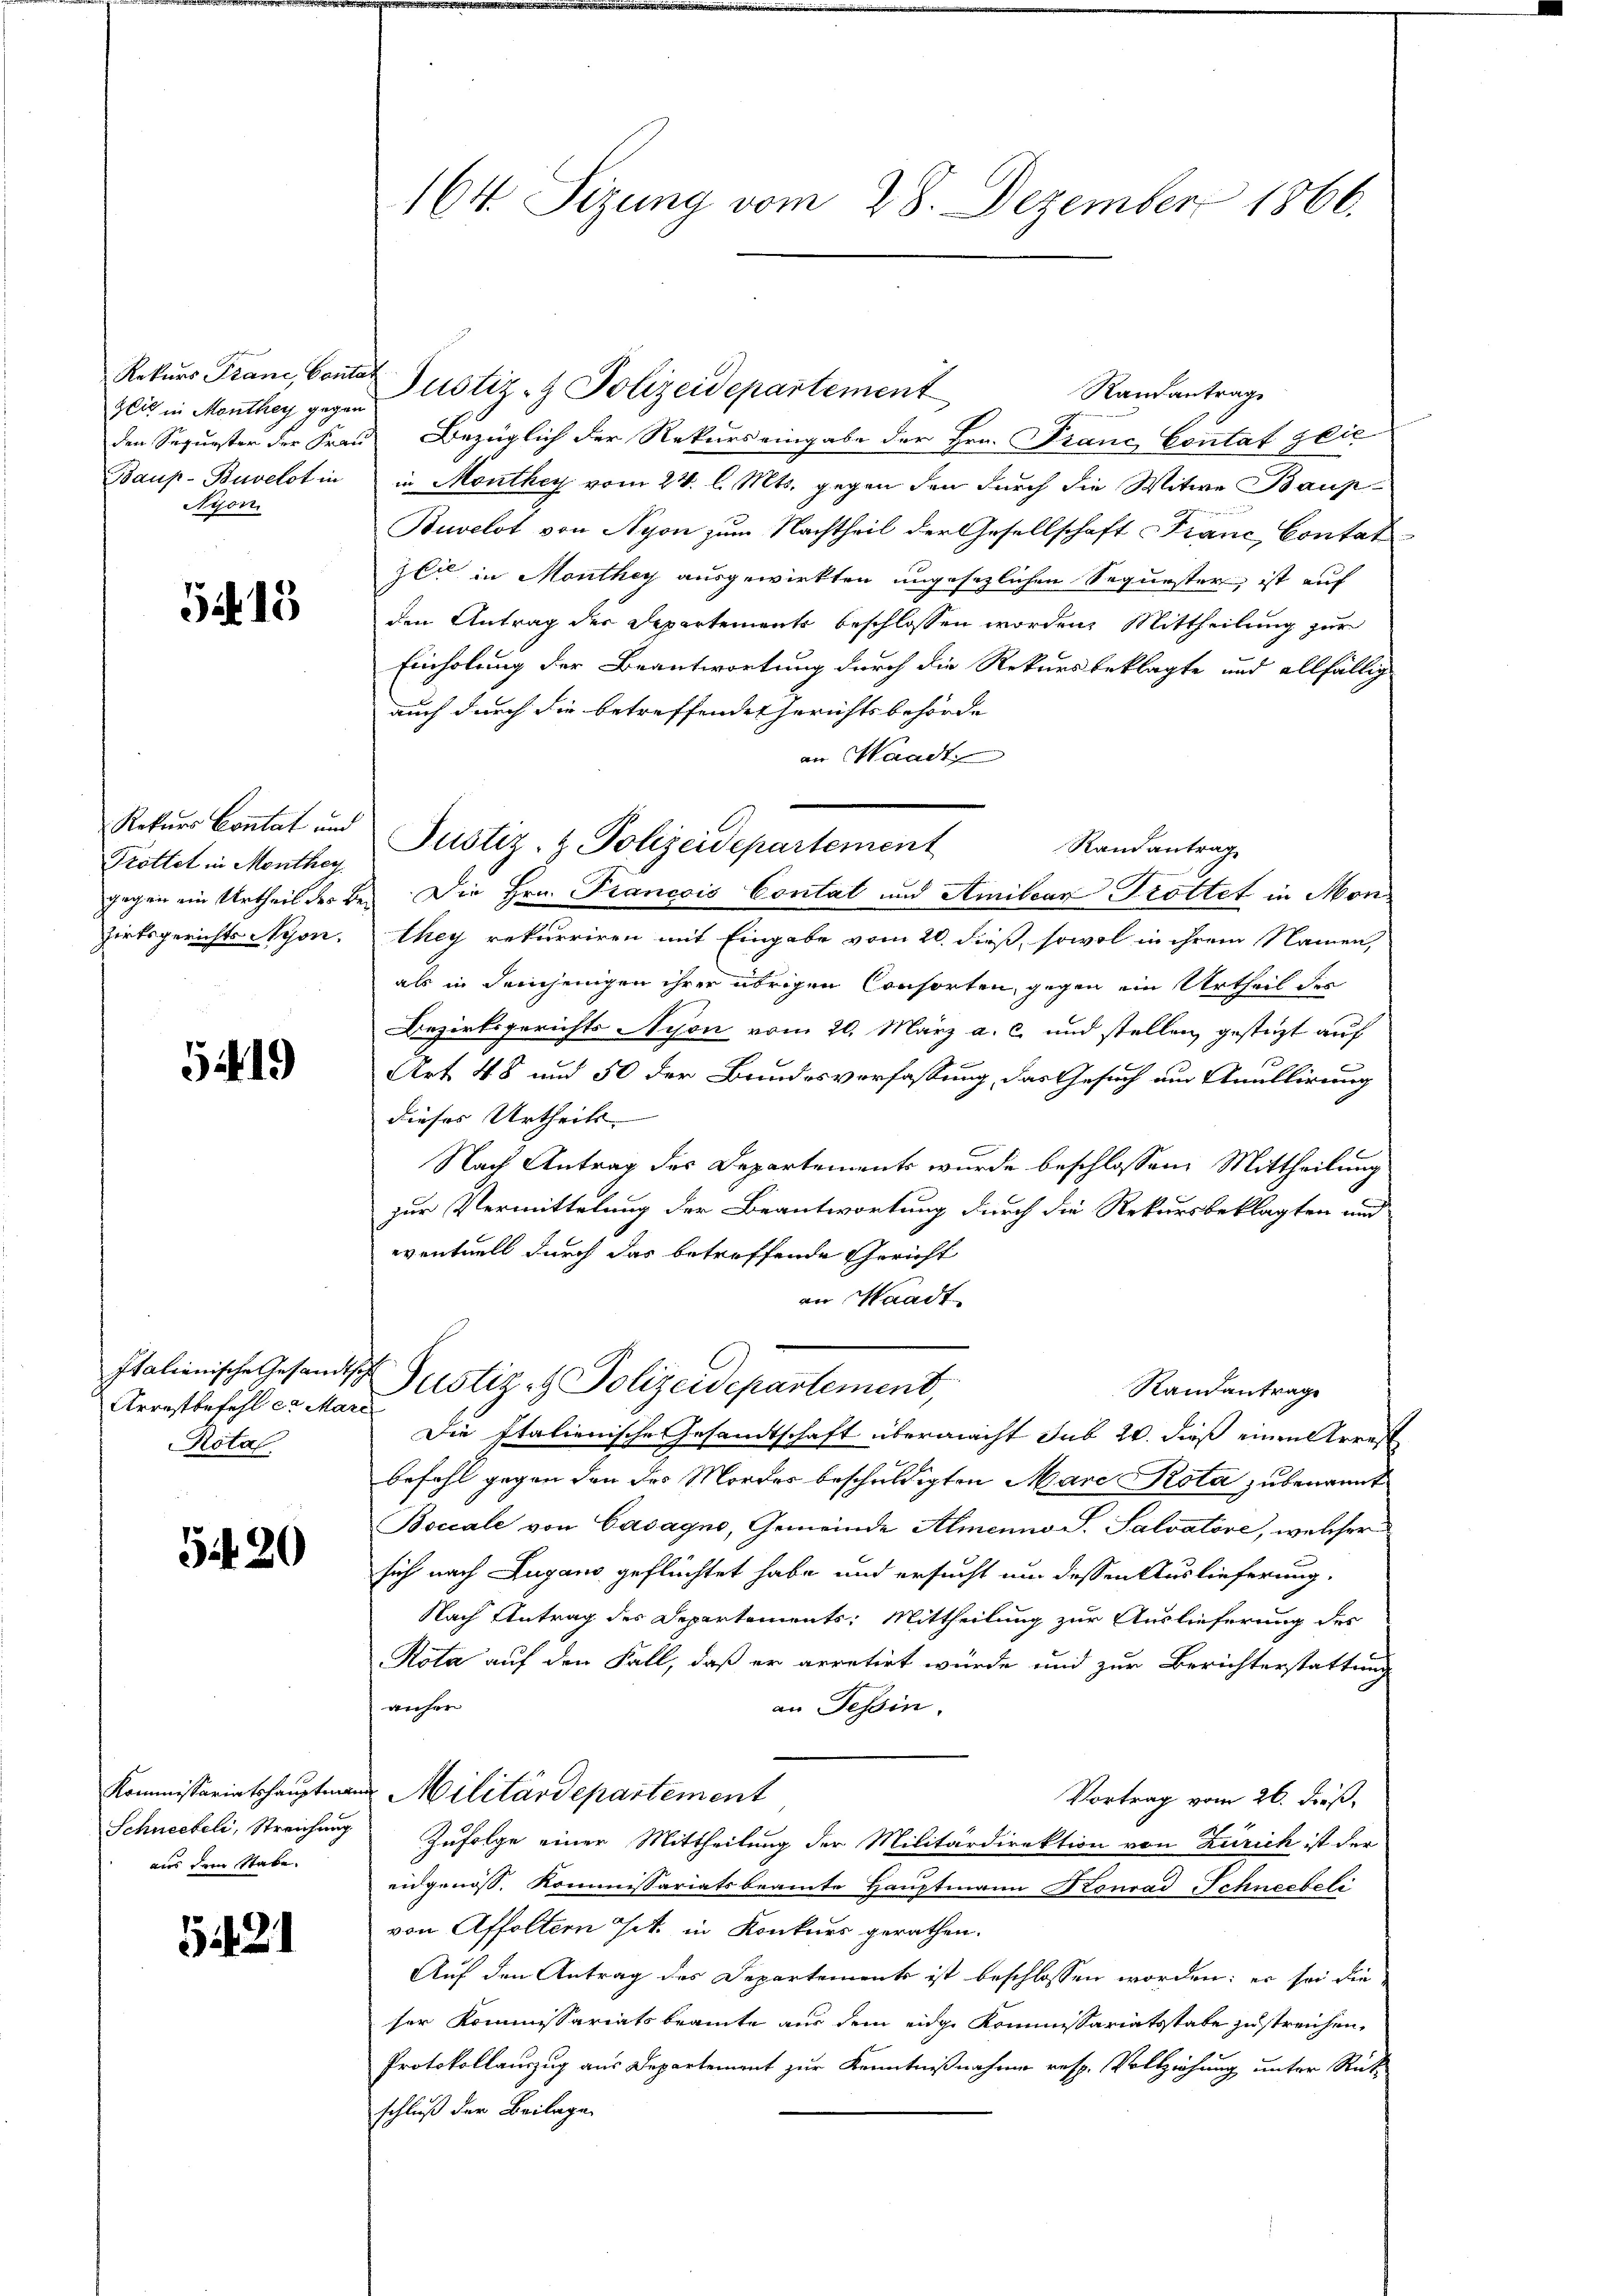
Rekurs Franc, Conta
Zeit in Monthey gegen
den Sequester der Frau
Baup-Buvelot in
Nyon.

5213

Rekurs Contat und
Trottet in Monthey
gegen ein Urtheil der Bezirksgerichts Nyon,

5419

Italienische Gesandtsch
Arrestbefehl et Mare
Rotal

5420

Kommissariatshauptmann
Schneebeli, Streichung
aus dem Stabe.

21

164. Sizung vom 28. Dezember 1866.

Justiz- & Polizeidepartement
Randantrag
Bezüglich der Rekurs eingabe der Hrn. Franc Contat glic
in Monthey vom 24. l. Mts. gegen den durch die Witwe Baup-
Buvelot von Nyon zum Nachtheil der Gesellschaft Franc Contat
zli in Monthey ausgewirkten ungesezlichen Sequester, ist auf
den Antrag der Departements beschlossen worden. Mittheilung zur
Einholung der Beantwortung durch die Rekursbeklagte und allfällig
auch durch die betreffende Gerichtsbehörde
an Waadt
Die Hrn. Franccis Contal und Amibcan Trottet in Mon
they rekurriren mit Eingabe vom 20. dieß, sowol in ihrem Namen,
als in demjenigen ihrer übrigen Consorten, gegen ein Urtheil der
Bezirksgerichts Nyon vom 20. März a. c. und stellen gestüzt auf
Art 48 und 50 der Bundesverfassung, das Gesuch am Anullirung
dieses Urtheils |
Nach Antrag des Departements wurde beschlossene Mittheilung
zur Vermittelung der Beantwortung durch die Rekursbeklagten und
eventuell durch das betreffende Gericht
an Waadt
Justiz- & Polizeidepartement,
Randantrage
Die Italienische Gesandtschaft übermacht sub 20. dieß einen Arrest
befohl gegen den des Mordes beschuldigten Mare Rotaubenannt
Boccale von Casagno, Gemeinde Almenno S. Salvatore, welcher
lich nach Lugano geflüchtet habe und ersucht um dessen Auslieferung,
Nach Antrag des Departements: Mittheilung zur Auslieferung des
Rota auf den Fall, daß er arretirt würde und zur Berichterstattung
anher
an Tessin.
Militärdepartement
Vortrag vom 26. dieß,
Zufolge einer Mittheilung der Militärdirektion von Zürich ist der
eidgenöss. Kommissariatsbeamte Hauptmann Konrad Schneebeli
von Affoltern Tit. in Konkurs gerathen.
Auf den Antrag des Departements ist beschlossen worden: es sei die
ser Kommissariatsbeamte aus dem eidge Kommissariatsstate zustreichen,
Protokollauszug aus Departement zur Kenntnißnahme resp. Vollziehung unter Rut
schluß der Beilage

Justiz- & Polizeidepartement
Randantrag